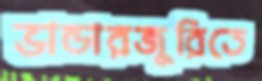
ভান্ডারজুরিতে